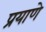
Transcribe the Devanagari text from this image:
प्रयाणे